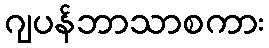
ဂျပန်ဘာသာစကား